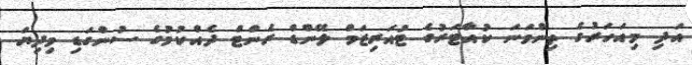
އަދި މިއަހަރުގެ ތިންވަނަ ކުއާޓަރުގެ ޓުއަރިޒަމް ލޭންޑް ރެންޓް ދެއްކުމުގެ ސުންގަޑި މިދިޔަ